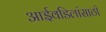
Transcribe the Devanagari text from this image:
आईवडिलांसाठी